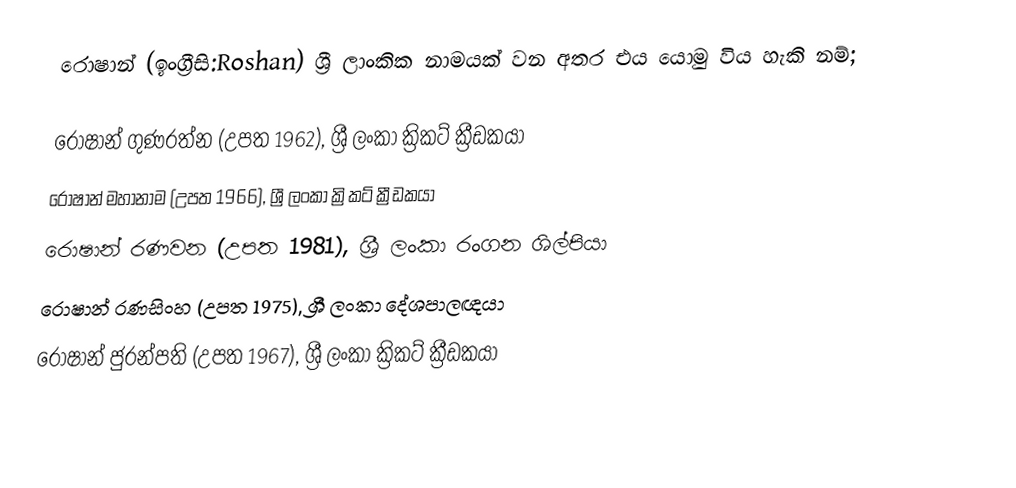
රොෂාන් (ඉංග්‍රීසි:Roshan) ශ්‍රී ලාංකික නාමයක් වන අතර එය යොමු විය හැකි නම්;

 රොෂාන් ගුණරත්න (උපත 1962), ශ්‍රී ලංකා ක්‍රිකට් ක්‍රීඩකයා
 රොෂාන් මහානාම (උපත 1966), ශ්‍රී ලංකා ක්‍රිකට් ක්‍රීඩකයා
 රොෂාන් රණවන (උපත 1981), ශ්‍රී ලංකා රංගන ශිල්පියා
 රොෂාන් රණසිංහ (උපත 1975), ශ්‍රී ලංකා දේශපාලඥයා
 රොෂාන් ජුරන්පති (උපත 1967), ශ්‍රී ලංකා ක්‍රිකට් ක්‍රීඩකයා